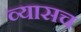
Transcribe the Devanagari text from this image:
व्यासच